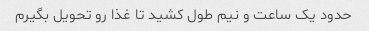
حدود یک ساعت و نیم طول کشید تا غذا رو تحویل بگیرم